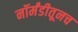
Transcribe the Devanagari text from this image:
नॉर्मंडीतूनच